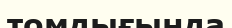
томдығында